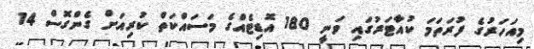
މިއަހަރުގެ ފުރަތަމަ ކުއާޓަރުގައި ވަނީ 180 އޮޑިޓެއްގެ މަސައްކަތް ކުރިއަށް ގެންގޮސް 14